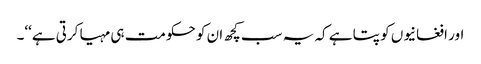
اور افغانیوں کو پتا ہے کہ یہ سب کچھ ان کو حکومت ہی مہیا کرتی ہے‘‘۔